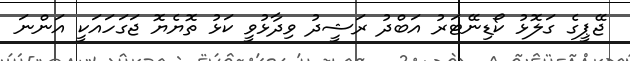
ޖޭޕީގެ ގަލޮޅު ކޯޑިނޭޓަރު އަބްދު ރަޝީދު ވިދާޅުވީ ކަޅު ތޮޔެޔޮ ޖަގަހައަކީ އަންނަ